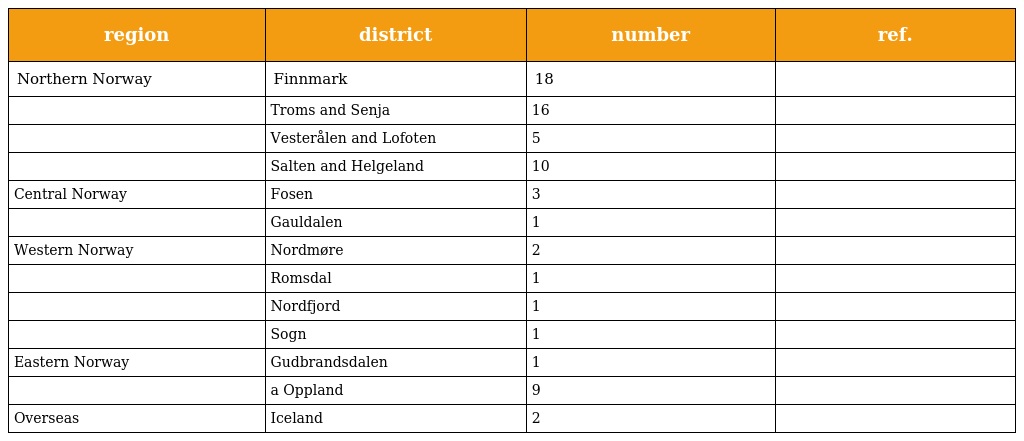
| region | district | number | ref. |
 | --- | --- | --- | --- |
 | Northern Norway | Finnmark | 18 |  |
 |  | Troms and Senja | 16 |  |
 |  | Vesterålen and Lofoten | 5 |  |
 |  | Salten and Helgeland | 10 |  |
 | Central Norway | Fosen | 3 |  |
 |  | Gauldalen | 1 |  |
 | Western Norway | Nordmøre | 2 |  |
 |  | Romsdal | 1 |  |
 |  | Nordfjord | 1 |  |
 |  | Sogn | 1 |  |
 | Eastern Norway | Gudbrandsdalen | 1 |  |
 |  | a Oppland | 9 |  |
 | Overseas | Iceland | 2 |  |